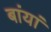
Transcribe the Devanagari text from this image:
बांयां